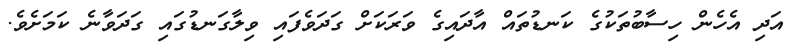
އަދި އެހެން ހިސާބުތަކުގެ ކަނޑުތައް އާދައިގެ ވަރަކަށް ގަދަވެފައި ވިލާގަނޑުގައި ގަދަވާނެ ކަމަށެވެ.